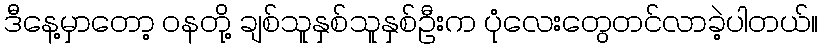
ဒီနေ့မှာတော့ ဝနတို့ ချစ်သူနှစ်သူနှစ်ဦးက ပုံလေးတွေတင်လာခဲ့ပါတယ်။